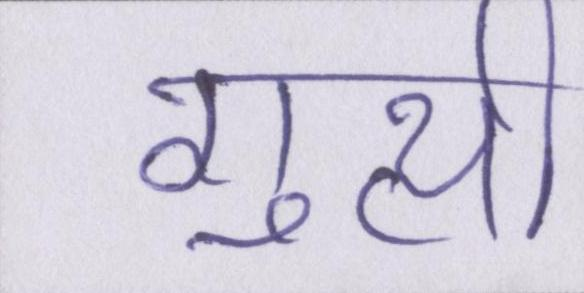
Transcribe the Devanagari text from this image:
गुत्थी